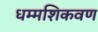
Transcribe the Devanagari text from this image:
धम्मशिकवण